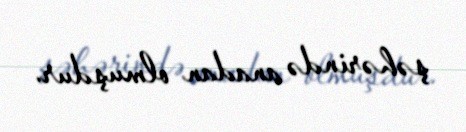
şəhərində anadan olmuşdur.